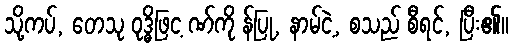
သို့ကပ်, တေသု ဝုဒ္ဓိဖြင့ ဏ်ကို န်ပြု, နာမ်ငဲ့, စသည် စီရင်, ပြီး၏။